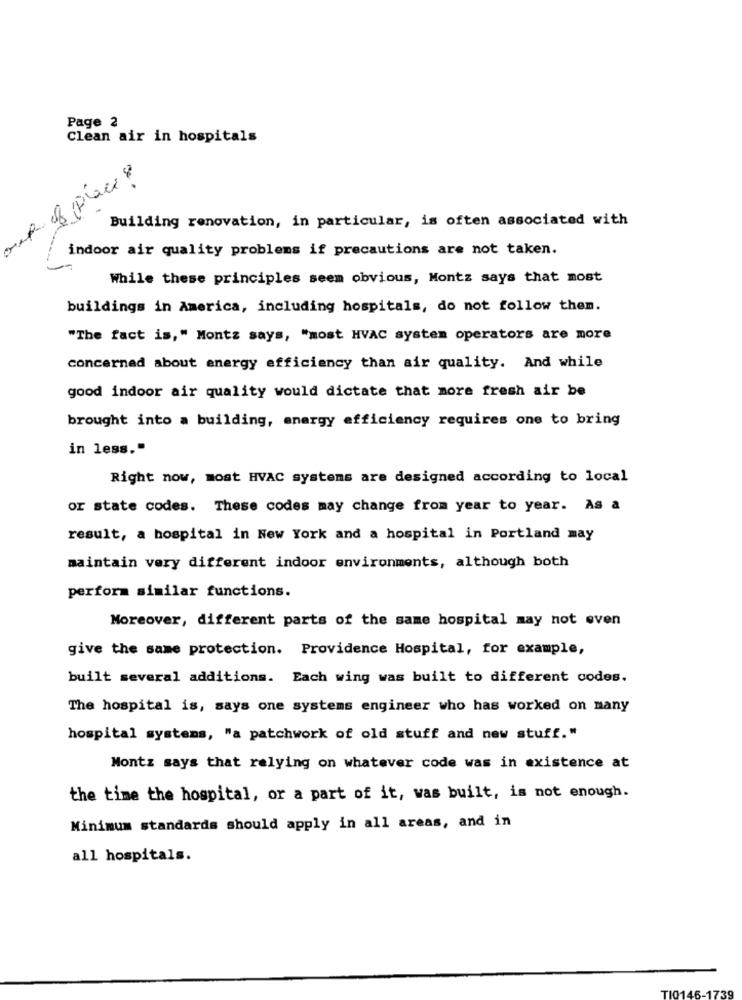
Page 2
Clean air in hospitals
out of place ?
Building renovation, in particular, is often associated with
indoor air quality problems if precautions are not taken.
While these principles seem obvious, Montz says that most
buildings in America, including hospitals, do not follow them.
"The fact is," Montz says, "most HVAC system operators are more
concerned about energy efficiency than air quality. And while
good indoor air quality would dictate that more fresh air be
brought into a building, energy efficiency requires one to bring
in less."
Right now, most HVAC systems are designed according to local
or state codes. These codes may change from year to year. As a
result, a hospital in New York and a hospital in Portland may
maintain very different indoor environments, although both
perform similar functions.
Moreover, different parts of the same hospital may not even
give the same protection. Providence Hospital, for example,
built several additions. Each wing was built to different codes.
The hospital is, says one systems engineer who has worked on many
hospital systems, "a patchwork of old stuff and new stuff."
Montz says that relying on whatever code was in existence at
the time the hospital, or a part of it, was built, is not enough.
Minimum standards should apply in all areas, and in
all hospitals.
TIC